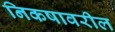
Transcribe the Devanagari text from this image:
निकषावरील